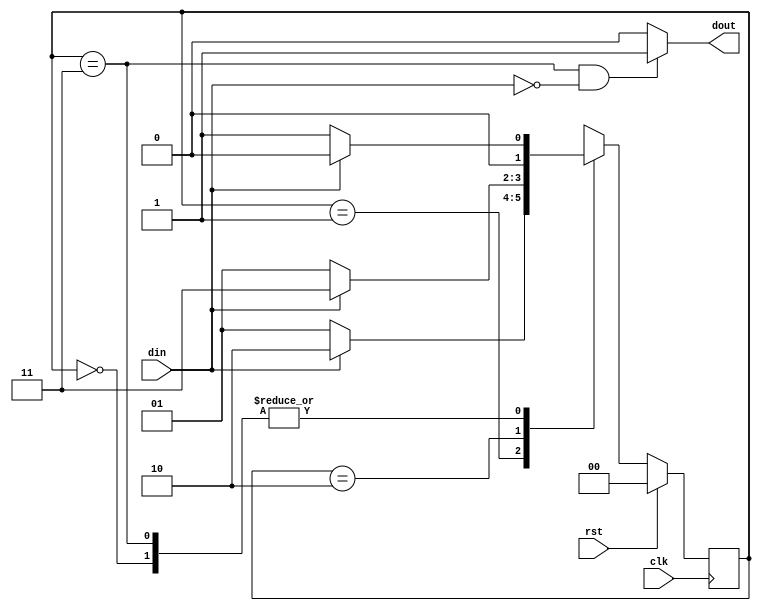
module mealy_overlapping_seq_detector(clk,rst,din,dout);
	input clk,rst,din;
	output dout;
	reg [1:0]ct_st,nt_st;
	parameter s0=0;
	parameter s1=1;
	parameter s2=2;
	parameter s3=3;
	
	always @(posedge clk)
	begin
		if (rst) ct_st<=s0;
		else ct_st<=nt_st;
	end
	
	always @(ct_st or din)
	begin
		case (ct_st)
		s0: begin
			if (din==1'b0) nt_st=s1;
			else nt_st=s0;
		    end
		s1: begin
			if (din==1'b0) nt_st=s1;
			else nt_st=s2;
		    end
		s2: begin
			if (din==1'b0) nt_st=s1;
			else nt_st=s3;
		    end
		s3: begin
			if (din==1'b0) nt_st=s1;
			else nt_st=s0;
		    end
		default: nt_st=s0;
		endcase
	end

	assign dout = (ct_st==s3) && (din==0)?1:0;
endmodule